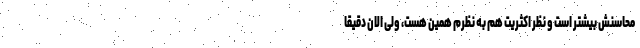
محاسنش بیشتر است و نظر اکثریت هم به نظرم همین هست، ولی الان دقیقا